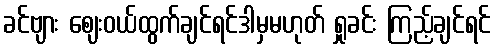
ခင်ဗျား ဈေးဝယ်ထွက်ချင်ရင်ဒါမှမဟုတ် ရှုခင်း ကြည့်ချင်ရင်